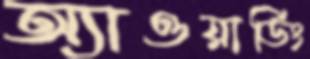
অ্যাওয়ার্ডিং